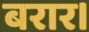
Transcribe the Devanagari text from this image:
बरार।